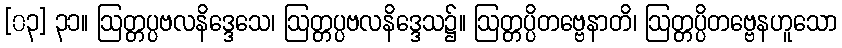
[၀၃] ၃၁။ ဩတ္တပ္ပဗလနိဒ္ဒေသေ၊ ဩတ္တပ္ပဗလနိဒ္ဒေသ၌။ ဩတ္တပ္ပိတဗ္ဗေနာတိ၊ ဩတ္တပ္ပိတဗ္ဗေနဟူသော